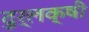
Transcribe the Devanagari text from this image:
दुर्लक्षी